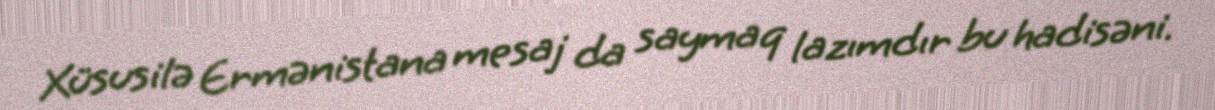
Xüsusilə Ermənistana mesaj da saymaq lazımdır bu hadisəni.